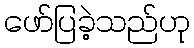
ဖော်ပြခဲ့သည်ဟု